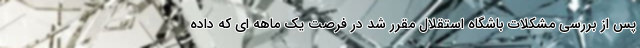
پس از بررسی مشکلات باشگاه استقلال مقرر شد در فرصت یک ماهه ای که داده